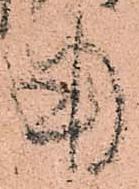
用